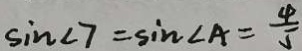
\sin \angle 7 = \sin \angle A = \frac { 4 } { 5 }